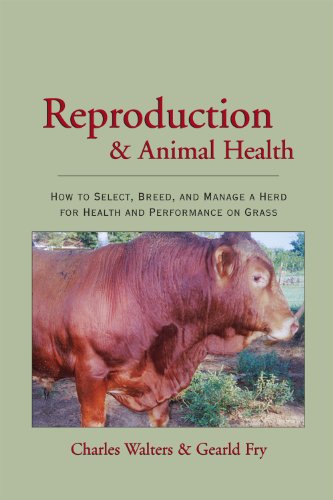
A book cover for Reproduction and Animal Health; Charles Walters and Gearld Fry; Science & Math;